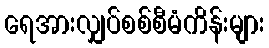
ရေအားလျှပ်စစ်စီမံကိန်းများ